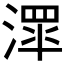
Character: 𱨔